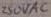
Text: 250VAC